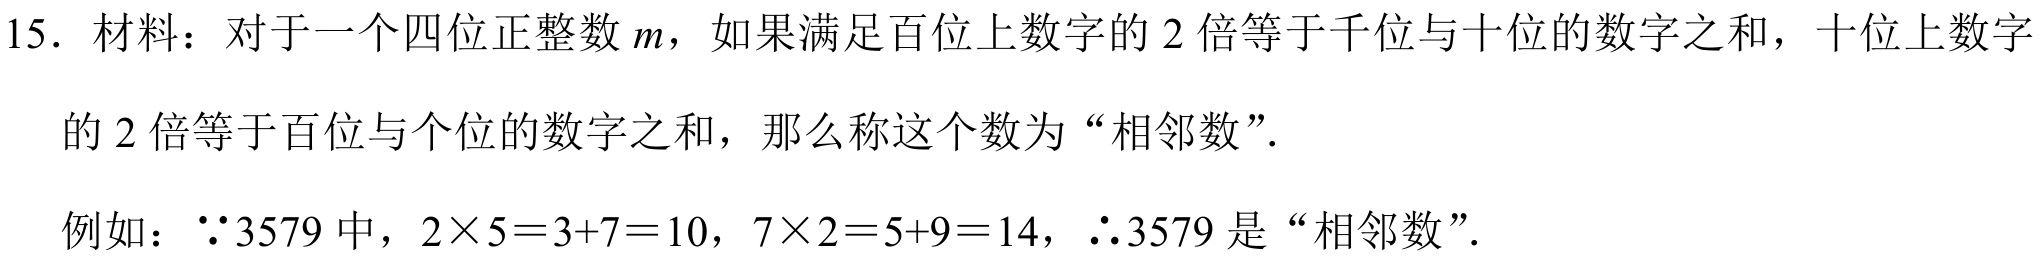
15. 材料：对于一个四位正整数$m$，如果满足百位上数字的$2$倍等于千位与十位的数字之和，十位上数字
的$2$倍等于百位与个位的数字之和，那么称这个数为“相邻数”.
例如：$\because3579$中，$2\times5 = 3 + 7 = 10$，$7\times2 = 5 + 9 = 14$，$\therefore3579$是“相邻数”.